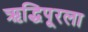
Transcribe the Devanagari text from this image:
ऋद्धिपूरला